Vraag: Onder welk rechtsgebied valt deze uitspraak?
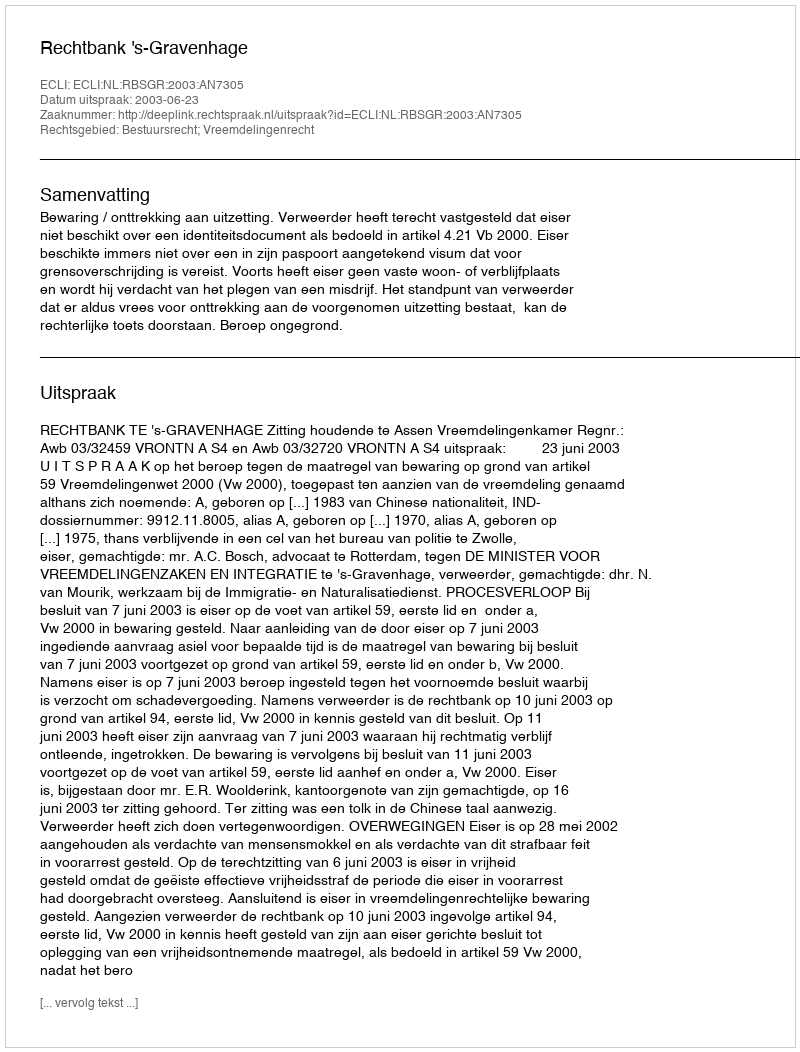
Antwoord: Bestuursrecht; Vreemdelingenrecht